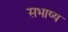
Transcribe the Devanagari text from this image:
सभाष्य